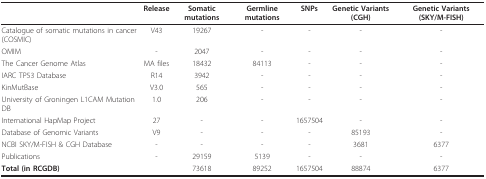
|  | Release | Somatic mutations | Germline mutations | SNPs | Genetic Variants (CGH) | Genetic Variants (SKY/M-FISH) |
 | --- | --- | --- | --- | --- | --- | --- |
 | Catalogue of somatic mutations in cancer (COSMIC) | V43 | 19267 | - | - | - | - |
 | OMIM | - | 2047 | - | - | - | - |
 | The Cancer Genome Atlas | MA files | 18432 | 84113 | - | - | - |
 | IARC TP53 Database | R14 | 3942 | - | - | - | - |
 | KinMutBase | V3.0 | 565 | - | - | - | - |
 | University of Groningen L1CAM Mutation DB | 1.0 | 206 | - | - | - | - |
 | International HapMap Project | 27 | - | - | 1657504 | - | - |
 | Database of Genomic Variants | V9 | - | - | - | 85193 | - |
 | NCBI SKY/M-FISH & CGH Database | - | - | - | - | 3681 | 6377 |
 | Publications | - | 29159 | 5139 | - | - | - |
 | Total (in RCGDB) |  | 73618 | 89252 | 1657504 | 88874 | 6377 |